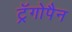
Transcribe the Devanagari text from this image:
ट्रॅगोपैन